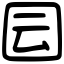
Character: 囩